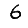
Digit: 6